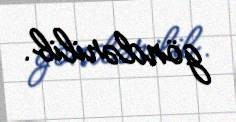
göndərilib.